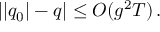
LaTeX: | | q _ { 0 } | - q | \leq O ( g ^ { 2 } T ) \, .